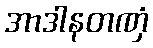
အာဒါနတဏှံ